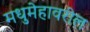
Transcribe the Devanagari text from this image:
मधुमेहावरील